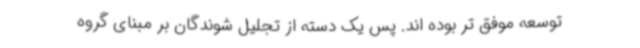
توسعه موفق تر بوده اند. پس یک دسته از تجلیل شوندگان بر مبنای گروه